Scottish Leaving Certificate Examination, 1961
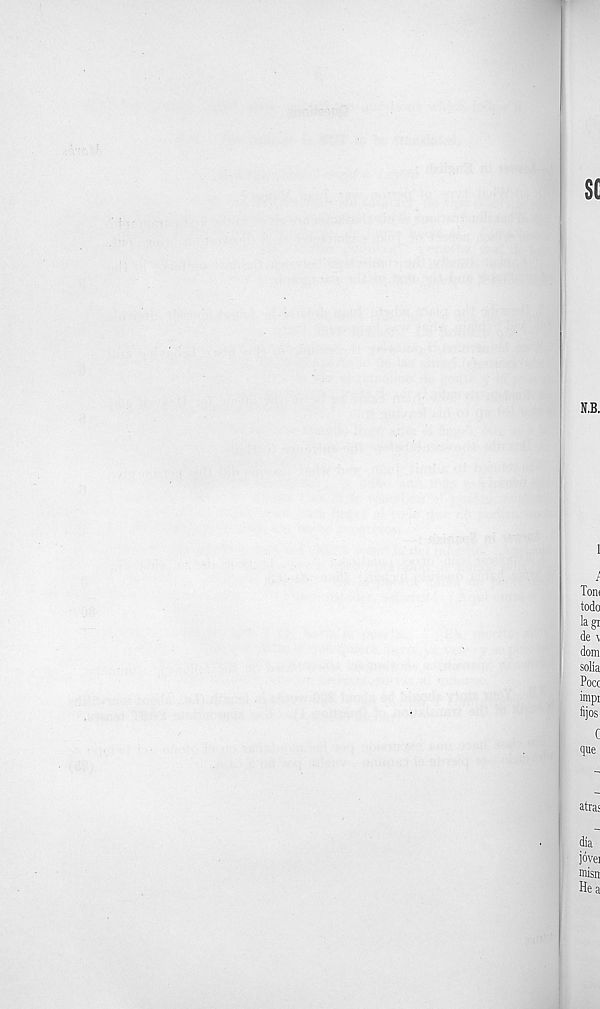
sc
N.B.
1
Tom
todo
lagi
de \
dom
solia
Pocc
impi
fijos
C
que
atras
dia
jovei
misn
He a